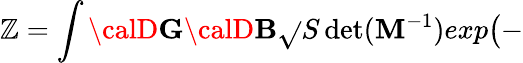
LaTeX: \mathbb{Z}=\int{\calD}{\mathbf{G}}{\calD}{\mathbf{B}}\sqrt{}{{S\operatorname*{det}({\mathbf{M}}^{-1})}}exp\big(-